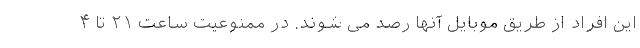
این افراد از طریق موبایل آنها رصد می شوند. در ممنوعیت ساعت ۲۱ تا ۴